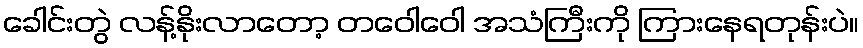
ခေါင်းတွဲ လန့်နိုးလာတော့ တဝေါဝေါ အသံကြီးကို ကြားနေရတုန်းပဲ။